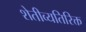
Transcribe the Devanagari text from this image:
शेतीव्यतिरिक्त